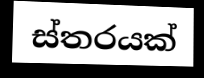
ස්තරයක්